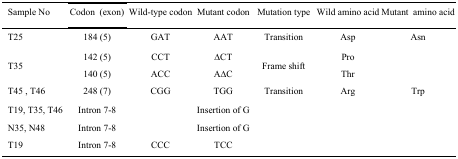
<table><thead><tr><td><b> Sample No</b></td><td><b>Codon (exon)</b></td><td><b>Wild-type codon</b></td><td><b>Mutant codon</b></td><td><b>Mutation type</b></td><td><b>Wild amino acid</b></td><td><b>Mutant amino acid</b></td></tr></thead><tbody><tr><td> T25</td><td>184 (5)</td><td>GAT</td><td>AAT</td><td>Transition</td><td>Asp</td><td>Asn</td></tr><tr><td> T35</td><td>142 (5)140 (5)</td><td>CCTACC</td><td>∆CTA∆C</td><td>Frame shift</td><td>ProThr</td><td>[EMPTY_CELL]</td></tr><tr><td> T45 , T46</td><td>248 (7)</td><td>CGG</td><td>TGG</td><td>Transition</td><td>Arg</td><td>Trp</td></tr><tr><td> T19, T35, T46</td><td>Intron 7-8</td><td>[EMPTY_CELL]</td><td>Insertion of G</td><td>[EMPTY_CELL]</td><td>[EMPTY_CELL]</td><td>[EMPTY_CELL]</td></tr><tr><td> N35, N48</td><td>Intron 7-8</td><td>[EMPTY_CELL]</td><td>Insertion of G</td><td>[EMPTY_CELL]</td><td>[EMPTY_CELL]</td><td>[EMPTY_CELL]</td></tr><tr><td> T19</td><td>Intron 7-8</td><td>CCC</td><td>TCC</td><td>[EMPTY_CELL]</td><td>[EMPTY_CELL]</td><td>[EMPTY_CELL]</td></tr></tbody></table>